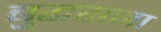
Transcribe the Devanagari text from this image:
बुद्धराजा